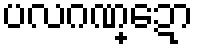
ပလဂဏ္ဍော